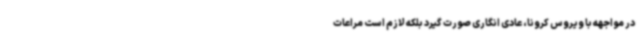
در مواجهه با ویروس کرونا، عادی انگاری صورت گیرد بلکه لازم است مراعات